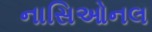
નાસિઓનલ